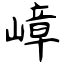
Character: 嶂